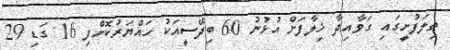
ތިލަފުށީގައި ގަވާއިދާ ޚިލާފަށް އުޅުނު 60 ބިދޭސީއަކު ހައްޔަރުކޮށްފި 16 ގަޑި 29